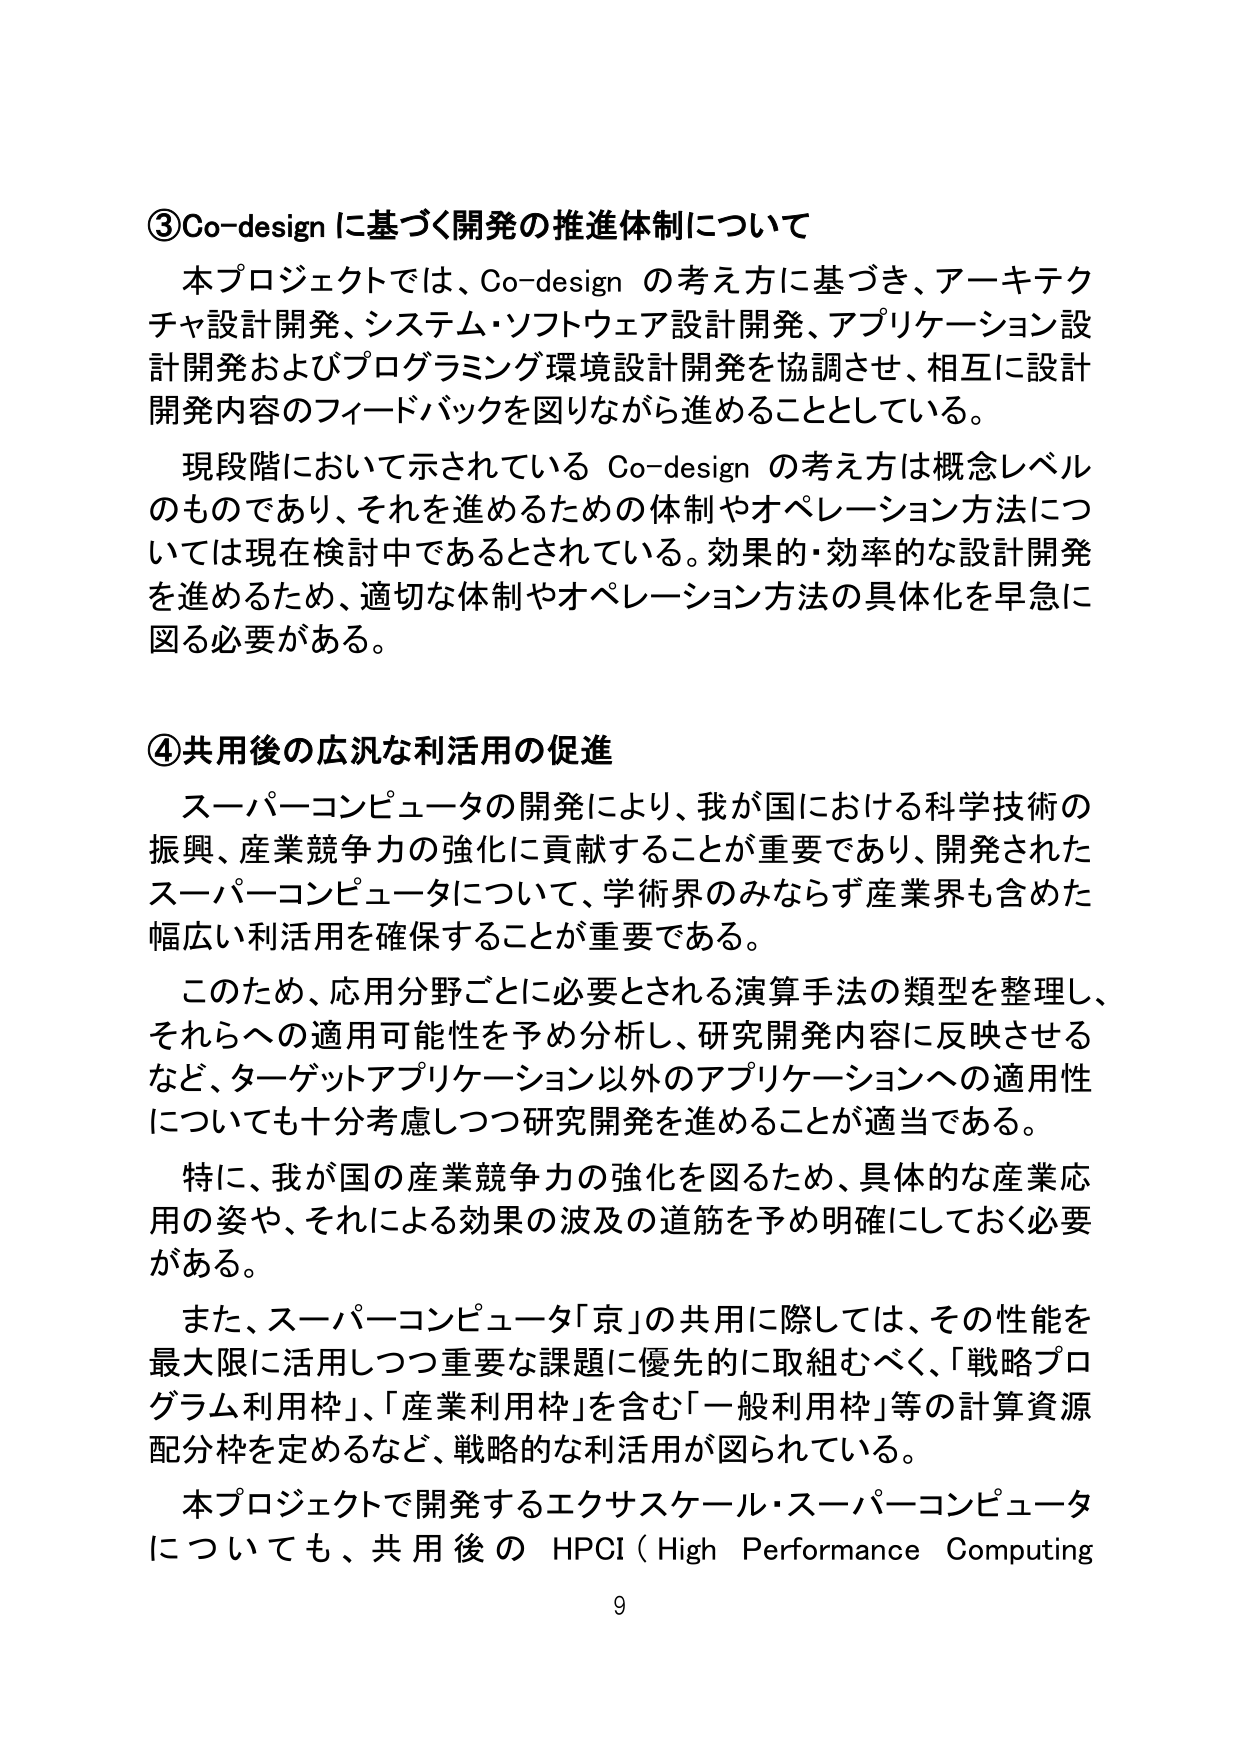
③Co-design に基づく開発の推進体制について
本プロジェクトでは、Co-design の考え方に基づき、アーキテクチャ設計開発、システム・ソフトウェア設計開発、アプリケーション設計開発およびプログラミング環境設計開発を協調させ、相互に設計開発内容のフィードバックを図りながら進めることとしている。
現段階において示されている Co-design の考え方は概念レベルのものであり、それを進めるための体制やオペレーション方法については現在検討中であるとされている。効果的・効率的な設計開発を進めるため、適切な体制やオペレーション方法の具体化を早急に図る必要がある。

④共用後の広汎な利活用の促進
スーパーコンピュータの開発により、我が国における科学技術の振興、産業競争力の強化に貢献することが重要であり、開発されたスーパーコンピュータについて、学術界のみならず産業界も含めた幅広い利活用を確保することが重要である。
このため、応用分野ごとに必要とされる演算手法の類型を整理し、それらへの適用可能性を予め分析し、研究開発内容に反映させるなど、ターゲットアプリケーション以外のアプリケーションへの適用性についても十分考慮しつつ研究開発を進めることが適当である。
特に、我が国の産業競争力の強化を図るため、具体的な産業応用の姿や、それによる効果の波及の道筋を予め明確にしておく必要がある。
また、スーパーコンピュータ「京」の共用に際しては、その性能を最大限に活用しつつ重要な課題に優先的に取組むべく、「戦略プログラム利用枠」、「産業利用枠」を含む「一般利用枠」等の計算資源配分枠を定めるなど、戦略的な利活用が図られている。
本プロジェクトで開発するエクサスケール・スーパーコンピュータについても、共用後の HPCI（High Performance Computing

9